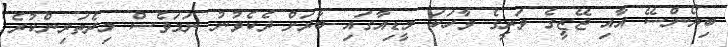
ބިޔޯންސޭ އާއި ޖޭޒީގެ ވަރީގެ ވާހަކަ މީޑިއާގައި ބާރަށް ދެކެވުނު ނަމަވެސް މިދެތަރިންކުރެ